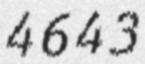
4643